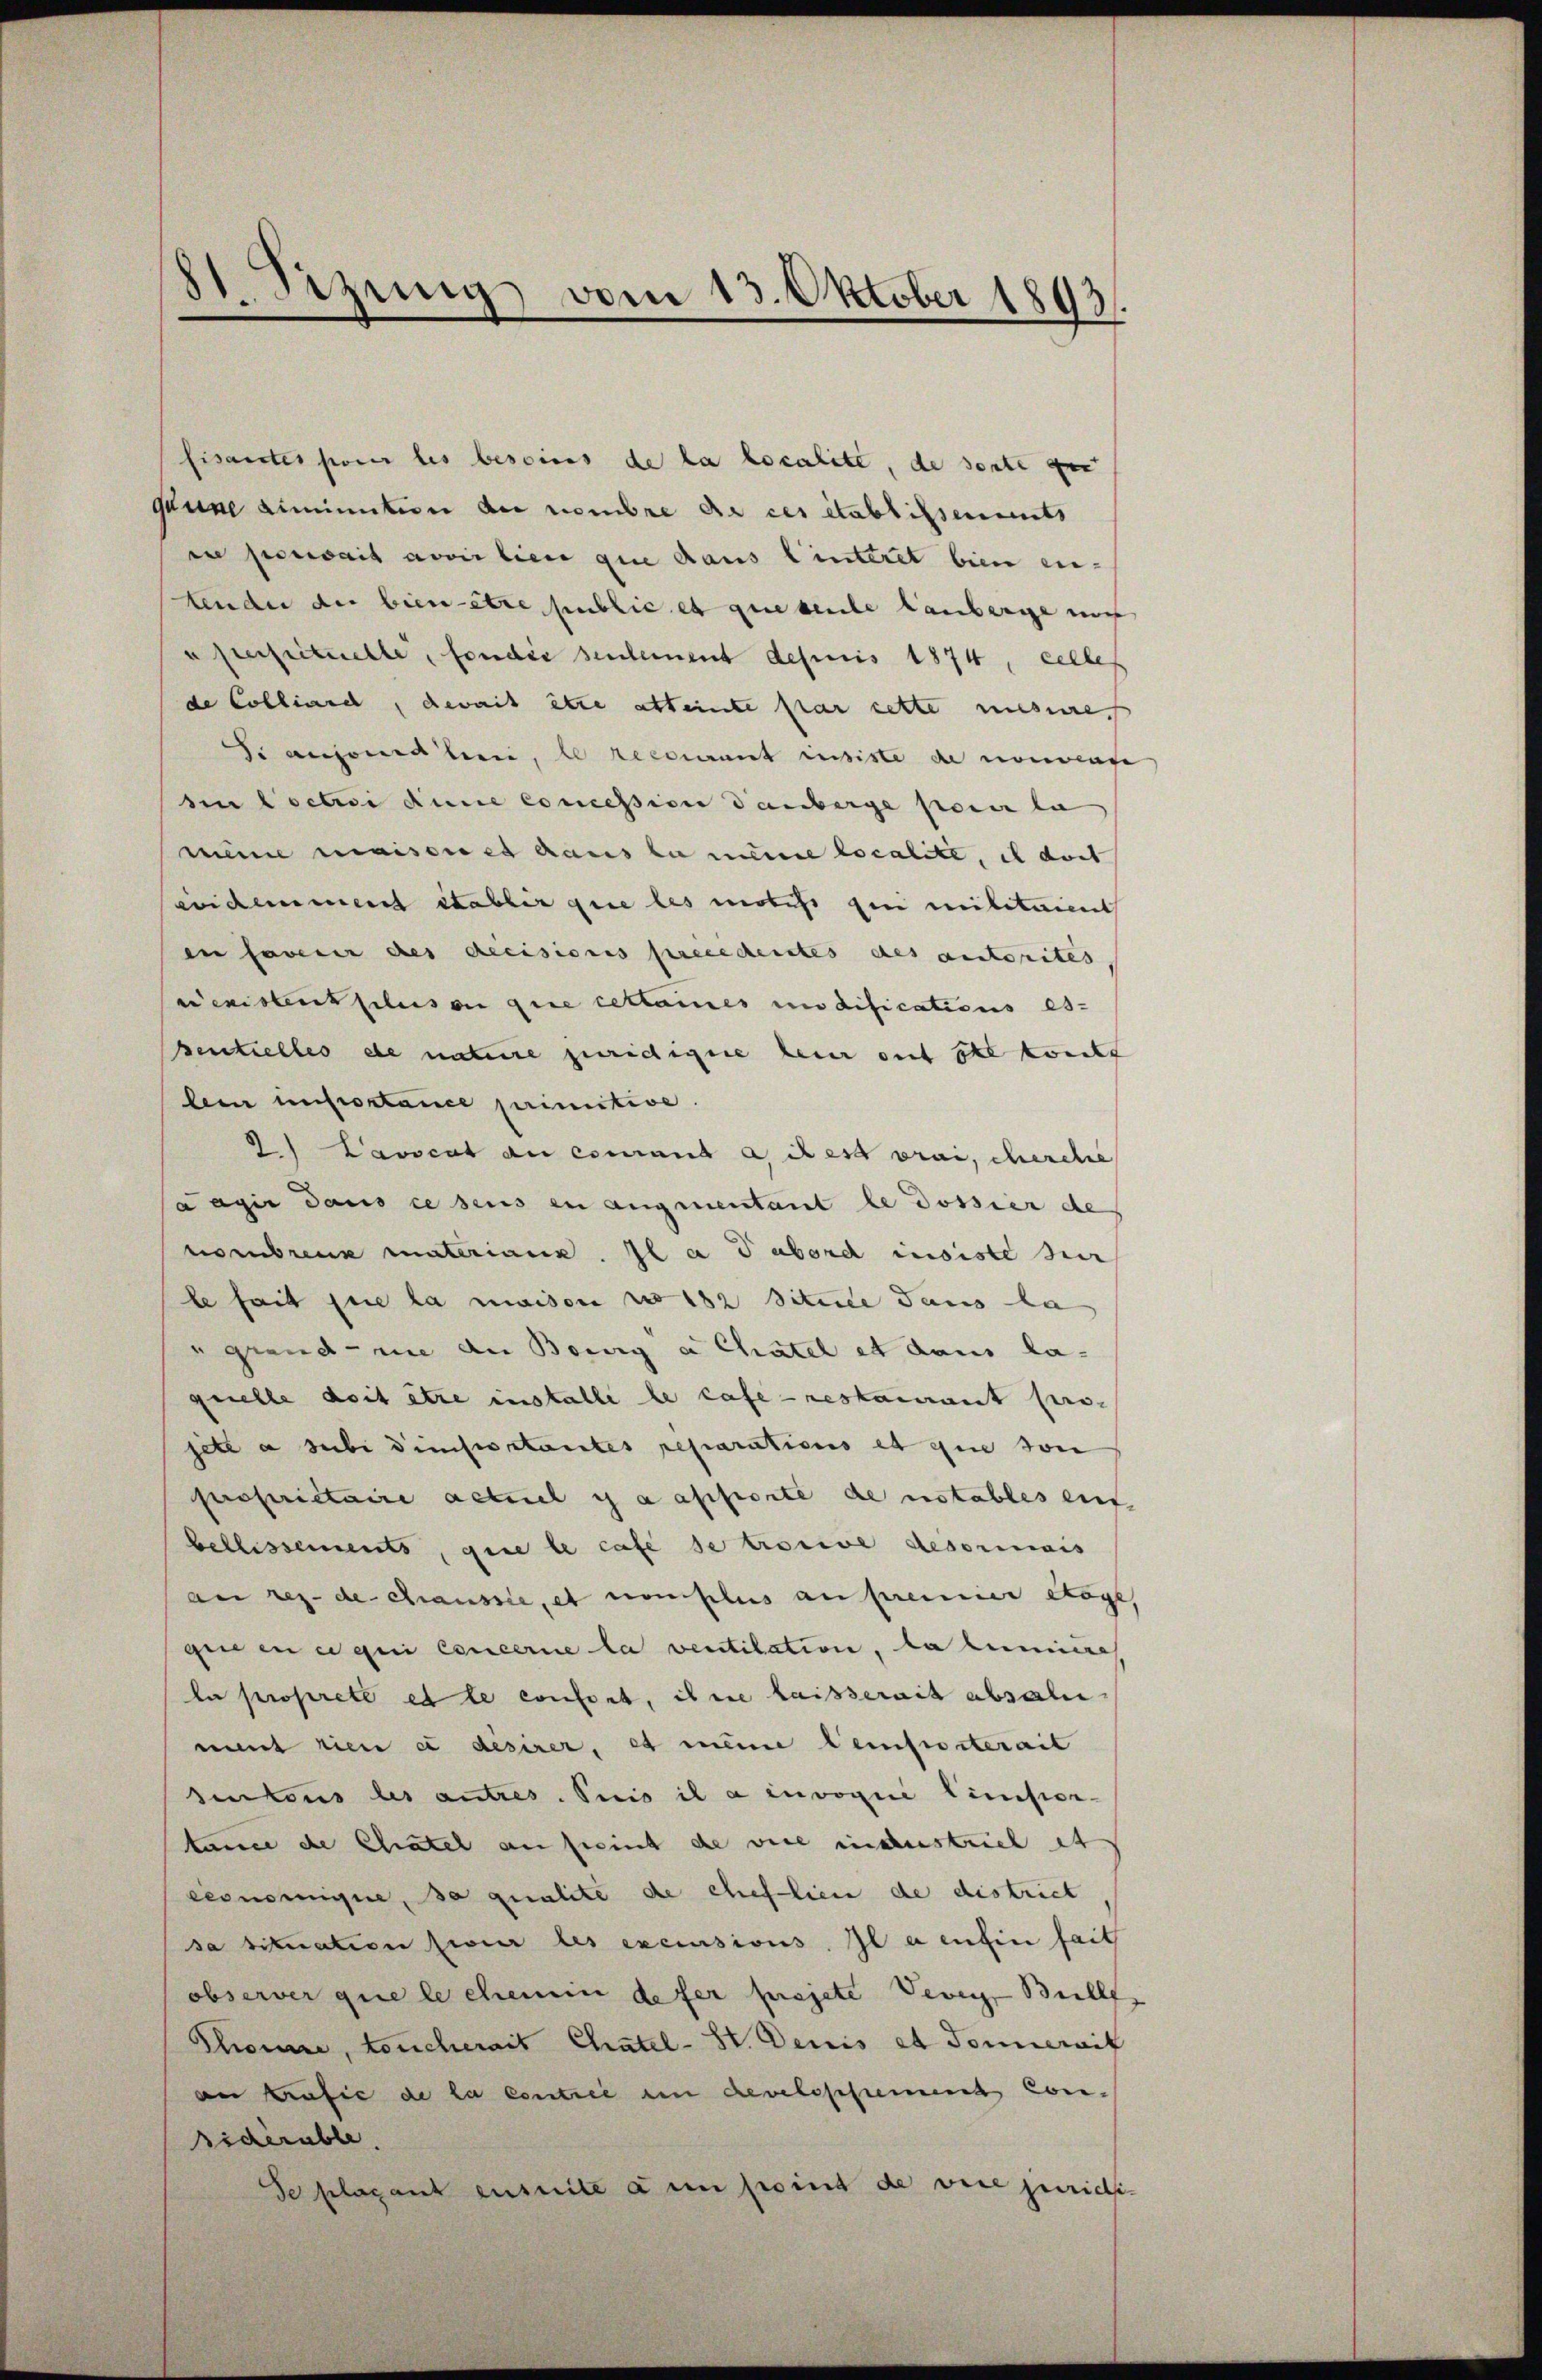
81 Sezung vom 13. Oktober 1893.

fisantes pour les besoins de la localite, de sente der
saune dimination der nombre de ces établissements
in perwais avoir lieu que dans linteret bien eitenden der bien être public et que seule Lauberge uns
uperfectuelle, fonder seulement depuis 1874, celle
de Colliare, devait être atteinte par cette messe
Si aufond bei, il recourant insiste de nommenge
din loctroi dene commission danberge pour la
meine maisen es haus zu meine localite, il doch
eindemment établir que les motis qui militaient
en faveur des decisionis precederates des autorites
e existens plus ou que cettares modifications es
sentielles de nature juridique hein auf ste kont
len infortance primitive
2) Lavocat an essant a il est prai, cherche
a agir dans ce sens in angenentant le dossier de
nombreux materiane. Il a Tabord insiste sei
le fait que la maison wo 182 Sitile dans la
grand nie an Bourg a Chatel et dans la-
quelle doit être installe le case - restament pro-
jett a subi dimsostantes reparations et que son
propriétaire acturel y a apporte de notables ent
bellissements, que le case se trouve desorinais
an rez. de Chaussie, et non plus au premier Stöge,
gee en ce qui concerne la ventilation, da heimiere
le proprete es le confort, ihre laisserait absali
mit rien et désirer, et meine temporterait
sentens des autres. Seis il a invoque Cimpor-
tanne de Chatel an seint de vice industriel et
cesnomnique, se qualite de cheflien de district
da situation hier les excessions. Il a entin hail
observer que le chemin defer projete Vevey Bullf
Chonne, toucherait Chatel-St. Denis et doncerait
ae Krafie de la contrie an develossement Con-
sidérable.
de plagant ensuite à un point de vice juridi¬